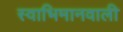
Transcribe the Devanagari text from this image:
स्वाभिमानवाली